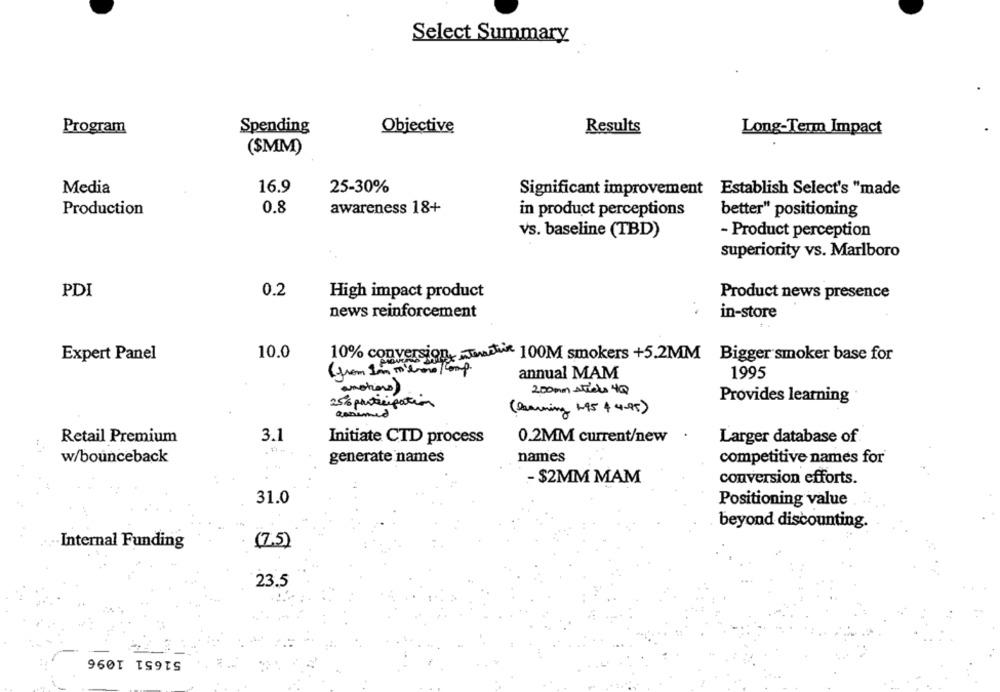
Select Summary
Program
Spending
Objective
Results
Long-Term Impact
($MM)
Media
16.9
25-30%
Significant improvement Establish Select's "made
Production
0.8
awareness 18+
in product perceptions
better" positioning
vs. baseline (TBD)
- Product perception
superiority vs. Marlboro
0.2
PDI
High impact product
Product news presence
news reinforcement
in-store
Expert Panel
10.0
10% conversion Tartu 100M smokers +5.2MM Bigger smoker base for
(from Im m'boro/comp.
annual MAM
1995
emotions )
200 mm strels 4Q
Provides learning
25% participation
( learning 195 4 4-95 )
.
Retail Premium
3.1
Initiate CTD process
0.2MM current/new
Larger database of
w/bounceback
generate names
names
competitive names for
- $2MM MAM
conversion efforts.
31.0
Positioning value
beyond discounting.
Internal Funding
(7.5)
23.5
51651 1096